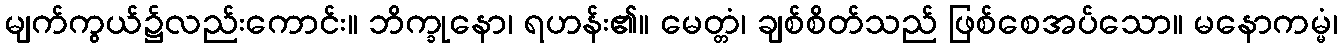
မျက်ကွယ်၌လည်းကောင်း။ ဘိက္ခုနော၊ ရဟန်း၏။ မေတ္တံ၊ ချစ်စိတ်သည် ဖြစ်စေအပ်သော။ မနောကမ္မံ၊